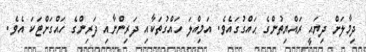
ދިމާލަށް ދިޔައީ ރައްޔިތުންގެ ޙައްގުގައެވެ. އަމިއްލަ ހައްގުތަކާއި ދަރިންނާއި ދަރިންގެ ހައްގަށްޓަކަ އެވެ.